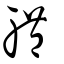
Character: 體